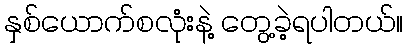
နှစ်ယောက်စလုံးနဲ့ တွေ့ခဲ့ရပါတယ်။